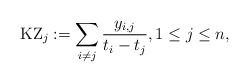
\begin{gather*}{\rm KZ}_{j}:=\sum_{i \not= j}{y_{i,j} \over t{_i}-t{_j}}, 1 \le j \le n,\end{gather*}